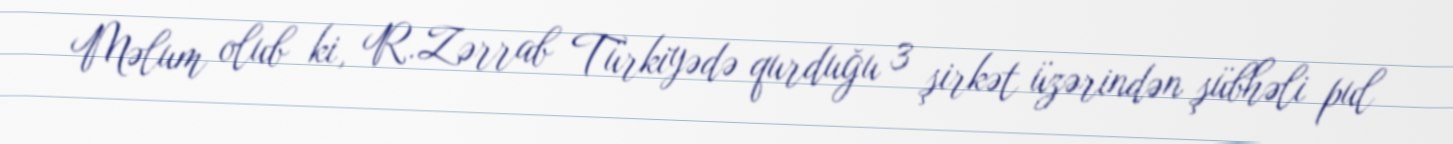
Məlum olub ki, R.Zərrab Türkiyədə qurduğu 3 şirkət üzərindən şübhəli pul